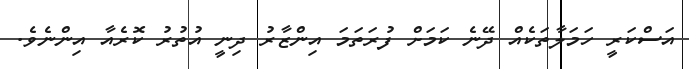
އަސްކަރީ ހަމަލާތަކެއް ދޭނެ ކަމަށް ފުރަތަމަ އިންޒާރު ދިނީ އުތުރު ކޮރެއާ އިންނެވެ.